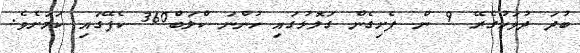
ބުދަ ދުވަހުގެރޭ 9 ން ފެށިގެން ގަލޮޅުގައި ހުންނަ ކްލަބް360 ކެފޭގައި ކަމަށެވެ.